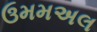
ઉમમઅલ